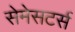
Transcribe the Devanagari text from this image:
सेमेसटर्स